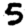
Digit: 5